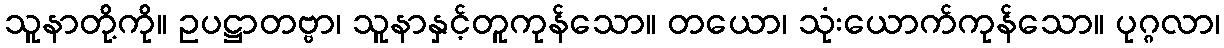
သူနာတို့ကို။ ဥပဋ္ဌာတဗ္ဗာ၊ သူနာနှင့်တူကုန်သော။ တယော၊ သုံးယောက်ကုန်သော။ ပုဂ္ဂလာ၊